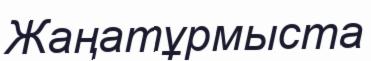
Жаңатұрмыста